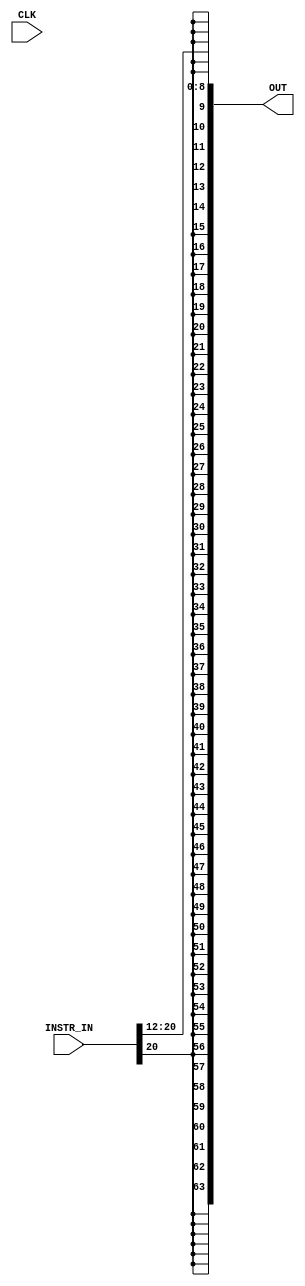
`timescale 1ns / 1ps
//////////////////////////////////////////////////////////////////////////////////
// Company: 
// Engineer: 
// 
// Design Name: 
// Module Name: SIGN_EXTEND
// Project Name: 
// Target Devices: 
// Tool Versions: 
// Description: 
// 
// Dependencies: 
// 
// Revision:
// Revision 0.01 - File Created
// Additional Comments:
// 
//////////////////////////////////////////////////////////////////////////////////


module SIGN_EXTEND(
    input CLK,
    input [31:0] INSTR_IN,
    output wire [63:0] OUT
    );
    
    assign OUT = $signed(INSTR_IN[20:12]);
endmodule